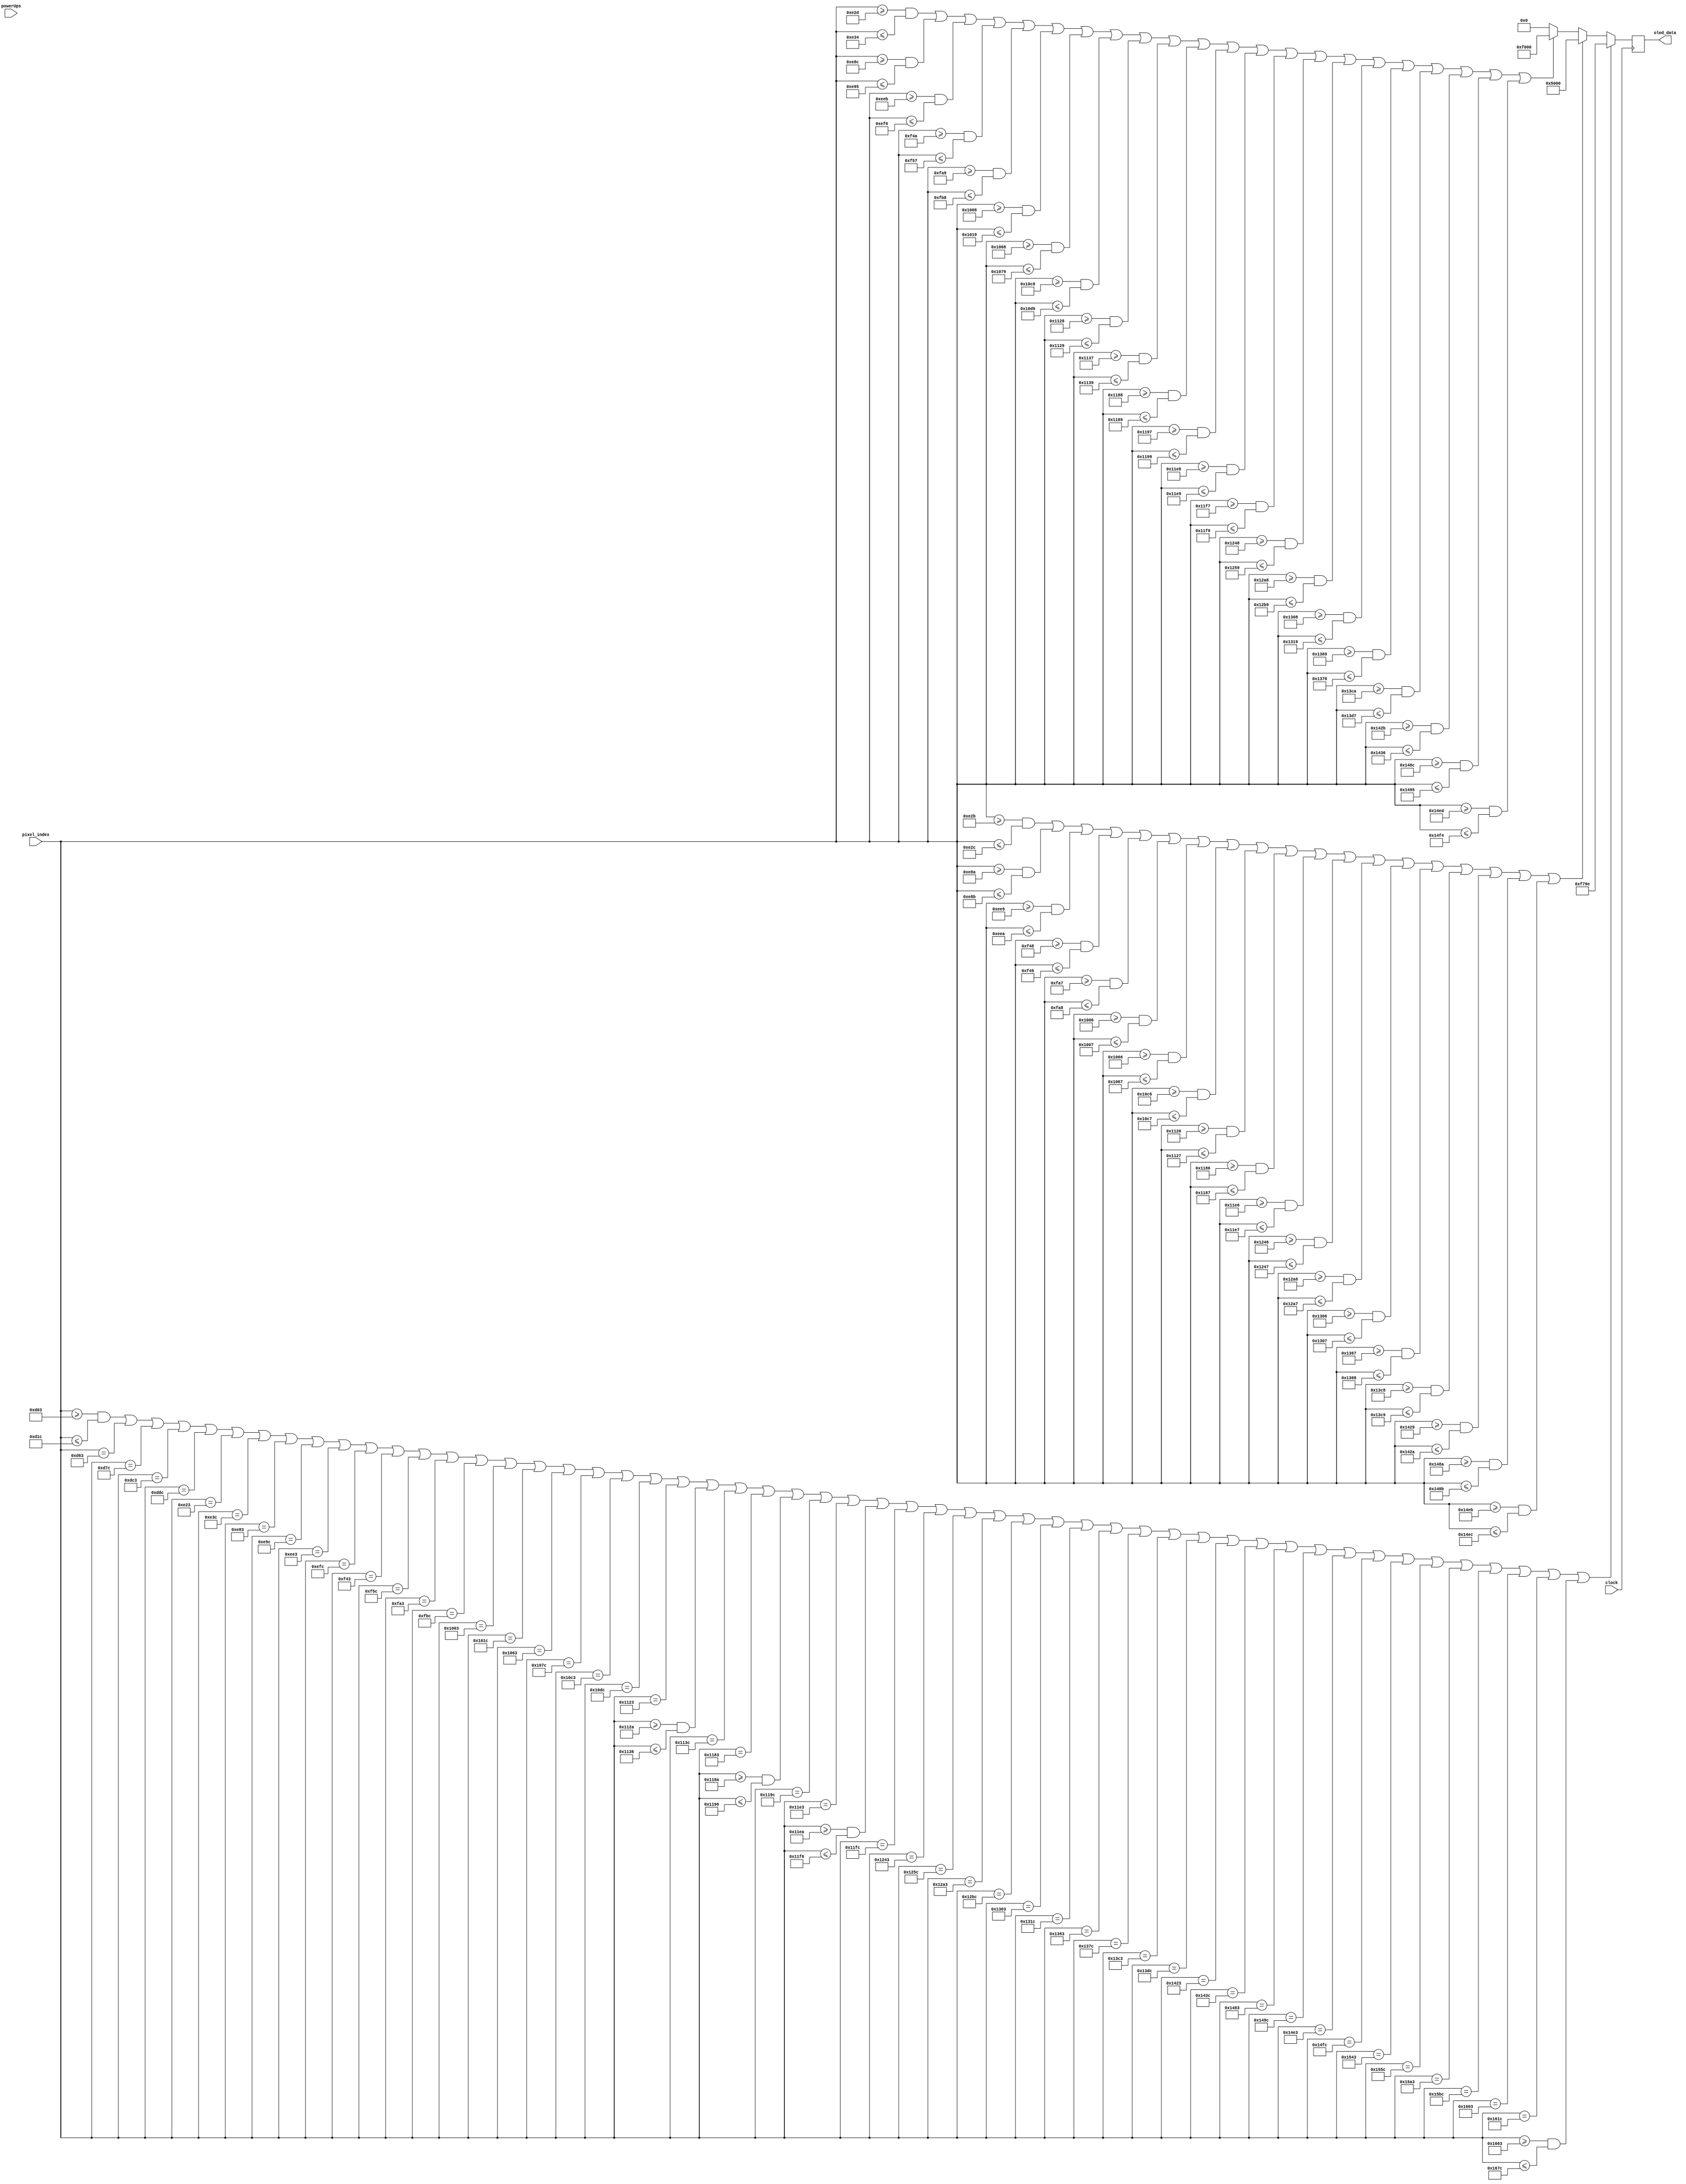
`timescale 1ns / 1ps
//////////////////////////////////////////////////////////////////////////////////
// Company: 
// Engineer: 
// 
// Design Name: 
// Module Name: renderSkipTurn
// Project Name: 
// Target Devices: 
// Tool Versions: 
// Description: 
// 
// Dependencies: 
// 
// Revision:
// Revision 0.01 - File Created
// Additional Comments:
// 
//////////////////////////////////////////////////////////////////////////////////


module renderSkipTurn(
    input clock,
    input [12:0]pixel_index,
    input [3:0]powerUps,
    output reg [15:0]oled_data
    );
    
    always @ (posedge clock) begin
        if (((pixel_index >= 3331) && (pixel_index <= 3356)) || pixel_index == 3427 || pixel_index == 3452 || pixel_index == 3523 || pixel_index == 3548 || pixel_index == 3619 || pixel_index == 3644 || pixel_index == 3715 || pixel_index == 3740 || pixel_index == 3811 || pixel_index == 3836 || pixel_index == 3907 || pixel_index == 3932 || pixel_index == 4003 || pixel_index == 4028 || pixel_index == 4099 || pixel_index == 4124 || pixel_index == 4195 || pixel_index == 4220 || pixel_index == 4291 || pixel_index == 4316 || pixel_index == 4387 || ((pixel_index >= 4394) && (pixel_index <= 4406)) || pixel_index == 4412 || pixel_index == 4483 || ((pixel_index >= 4490) && (pixel_index <= 4502)) || pixel_index == 4508 || pixel_index == 4579 || ((pixel_index >= 4586) && (pixel_index <= 4598)) || pixel_index == 4604 || pixel_index == 4675 || pixel_index == 4700 || pixel_index == 4771 || pixel_index == 4796 || pixel_index == 4867 || pixel_index == 4892 || pixel_index == 4963 || pixel_index == 4988 || pixel_index == 5059 || pixel_index == 5084 || pixel_index == 5155 || pixel_index == 5180 || pixel_index == 5251 || pixel_index == 5276 || pixel_index == 5347 || pixel_index == 5372 || pixel_index == 5443 || pixel_index == 5468 || pixel_index == 5539 || pixel_index == 5564 || pixel_index == 5635 || pixel_index == 5660 || (pixel_index >= 5731) && (pixel_index <= 5756)) oled_data = 16'b1111011110011110;
        else if (((pixel_index >= 3627) && (pixel_index <= 3628)) || ((pixel_index >= 3722) && (pixel_index <= 3723)) || ((pixel_index >= 3817) && (pixel_index <= 3818)) || ((pixel_index >= 3912) && (pixel_index <= 3913)) || ((pixel_index >= 4007) && (pixel_index <= 4008)) || ((pixel_index >= 4102) && (pixel_index <= 4103)) || ((pixel_index >= 4198) && (pixel_index <= 4199)) || ((pixel_index >= 4294) && (pixel_index <= 4295)) || ((pixel_index >= 4390) && (pixel_index <= 4391)) || ((pixel_index >= 4486) && (pixel_index <= 4487)) || ((pixel_index >= 4582) && (pixel_index <= 4583)) || ((pixel_index >= 4678) && (pixel_index <= 4679)) || ((pixel_index >= 4774) && (pixel_index <= 4775)) || ((pixel_index >= 4870) && (pixel_index <= 4871)) || ((pixel_index >= 4967) && (pixel_index <= 4968)) || ((pixel_index >= 5064) && (pixel_index <= 5065)) || ((pixel_index >= 5161) && (pixel_index <= 5162)) || ((pixel_index >= 5258) && (pixel_index <= 5259)) || (pixel_index >= 5355) && (pixel_index <= 5356)) oled_data = 16'b0101000000000000;
        else if (((pixel_index >= 3629) && (pixel_index <= 3636)) || ((pixel_index >= 3724) && (pixel_index <= 3733)) || ((pixel_index >= 3819) && (pixel_index <= 3830)) || ((pixel_index >= 3914) && (pixel_index <= 3927)) || ((pixel_index >= 4009) && (pixel_index <= 4024)) || ((pixel_index >= 4104) && (pixel_index <= 4121)) || ((pixel_index >= 4200) && (pixel_index <= 4217)) || ((pixel_index >= 4296) && (pixel_index <= 4313)) || ((pixel_index >= 4392) && (pixel_index <= 4393)) || ((pixel_index >= 4407) && (pixel_index <= 4409)) || ((pixel_index >= 4488) && (pixel_index <= 4489)) || ((pixel_index >= 4503) && (pixel_index <= 4505)) || ((pixel_index >= 4584) && (pixel_index <= 4585)) || ((pixel_index >= 4599) && (pixel_index <= 4601)) || ((pixel_index >= 4680) && (pixel_index <= 4697)) || ((pixel_index >= 4776) && (pixel_index <= 4793)) || ((pixel_index >= 4872) && (pixel_index <= 4889)) || ((pixel_index >= 4969) && (pixel_index <= 4984)) || ((pixel_index >= 5066) && (pixel_index <= 5079)) || ((pixel_index >= 5163) && (pixel_index <= 5174)) || ((pixel_index >= 5260) && (pixel_index <= 5269)) || (pixel_index >= 5357) && (pixel_index <= 5364)) oled_data = 16'b1111000000000000;
        else oled_data = 0;
    end
endmodule